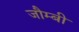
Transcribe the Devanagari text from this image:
जौम्बी